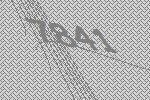
7841